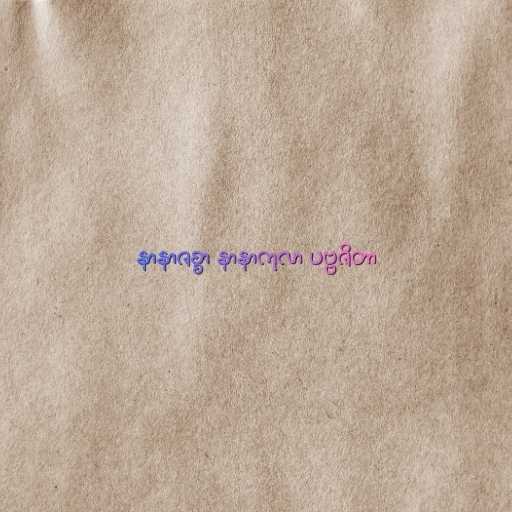
နာနာဇစ္စာ နာနာကုလာ ပဗ္ဗဇိတာ